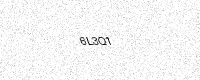
Text: 6L3Q1